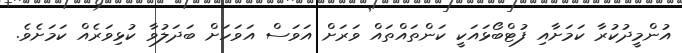
އުންމީދުކުރާ ކަމަށާއި ފުޓްބޯޅައަކީ ކަންތައްތައް ވަރަށް އަވަސް އަވަހަށް ބަދަލުވާ ކުޅިވަރެއް ކަމަށެވެ.